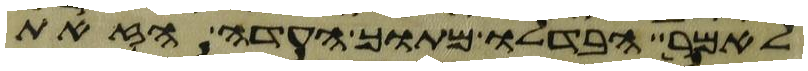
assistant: לאמר הבדלו מתוך העדה הזאת